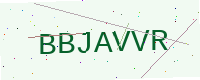
Text: BBJAVVR